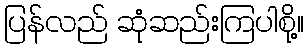
ပြန်လည် ဆုံဆည်းကြပါစို့။